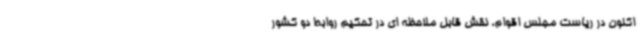
اکنون در ریاست مجلس اقوام، نقش قابل ملاحظه ای در تحکیم روابط دو کشور